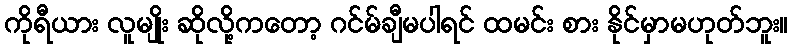
ကိုရီယား လူမျိုး ဆိုလို့ကတော့ ဂင်မ်ချီမပါရင် ထမင်း စား နိုင်မှာမဟုတ်ဘူး။